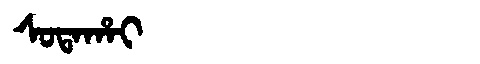
Manchu: ᠰᠣᡨᠠᡥᠠᡳ
Romanization: SOTAHAI